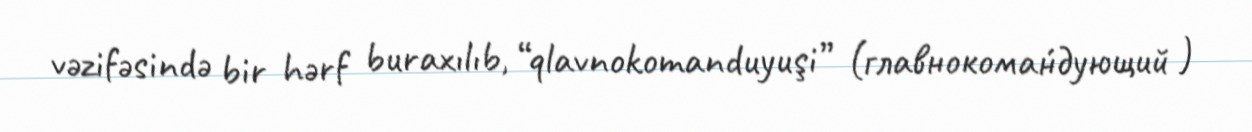
vəzifəsində bir hərf buraxılıb, “qlavnokomanduyuşi” (главнокома́ндующий )